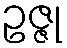
ဥဇ္ဇု